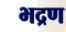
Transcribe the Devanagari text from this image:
भद्रण